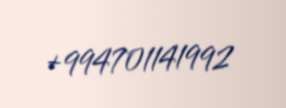
+994701141992